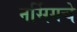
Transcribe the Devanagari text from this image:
नर्सिगचे